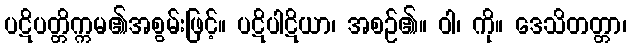
ပဋိပတ္တိက္ကမ၏အစွမ်းဖြင့်။ ပဋိပါဋိယာ၊ အစဉ်၏။ ဝါ၊ ကို။ ဒေသိတတ္တာ၊